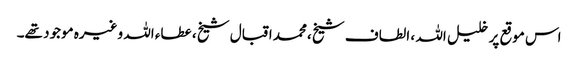
اس موقع پر خلیل اللہ ، الطاف شیخ ،محمد اقبال شیخ ، عطاء اللہ وغیرہ موجود تھے۔